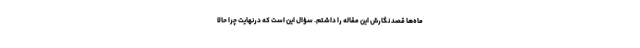
ماه‌ها قصد نگارش این مقاله را داشتم. سؤال این است که درنهایت چرا حالا